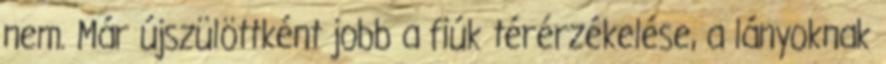
nem. Már újszülöttként jobb a fiúk térérzékelése, a lányoknak